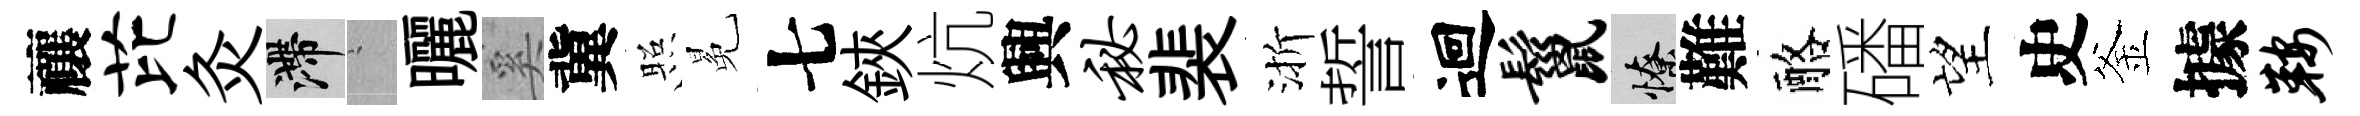
禳芘灸滯搖曬奚冀照冕七鋏炕興秘裴渐誓迴鬣憭難酪磻望史釜據鞍